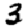
Digit: 3